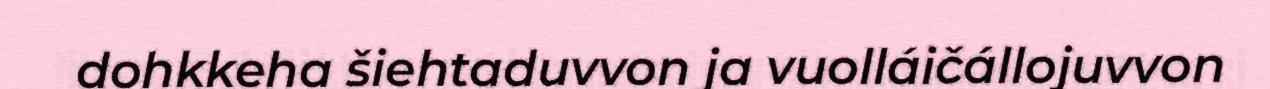
dohkkeha šiehtaduvvon ja vuolláičállojuvvon